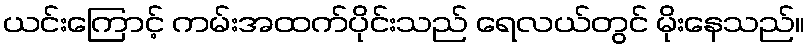
ယင်းကြောင့် ကမ်းအထက်ပိုင်းသည် ရေလယ်တွင် မိုးနေသည်။